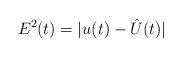
LaTeX: \begin{align*} E^2(t) = |u(t) -\hat U(t)|\end{align*}